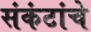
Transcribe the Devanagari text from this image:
संकंटांचे